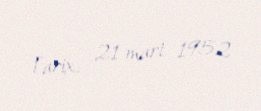
Tarix: 21 mart 1952